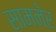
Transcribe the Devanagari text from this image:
सामनेर